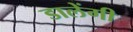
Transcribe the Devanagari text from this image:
डालेंगी